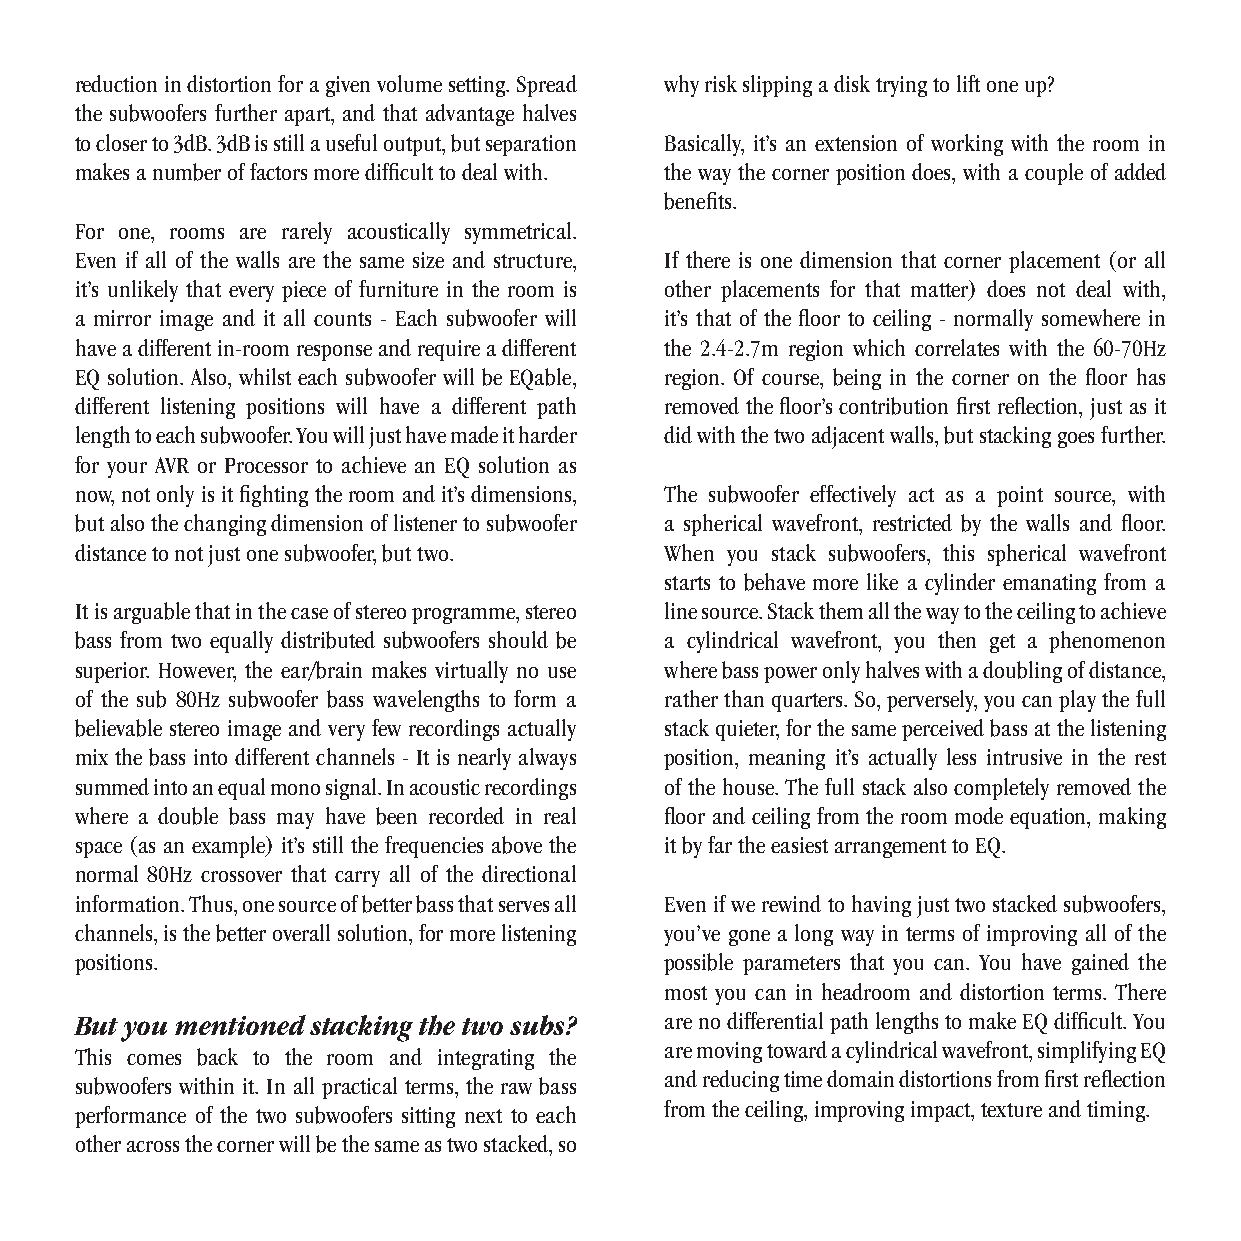
reduction in distortion for a given volume setting. Spread why risk slipping a disk trying to lift one up?
 the subwoofers further apart, and that advantage halves
 to closer to 3dB. 3dB is still a useful output, but separation Basically, it’s an extension of working with the room in
 makes a number of factors more diffi cult to deal with. the way the corner position does, with a couple of added
 benefi ts.
 For one, rooms are rarely acoustically symmetrical.
 Even if all of the walls are the same size and structure, If there is one dimension that corner placement (or all
 it’s unlikely that every piece of furniture in the room is other placements for that matter) does not deal with,
 a mirror image and it all counts - Each subwoofer will it’s that of the fl oor to ceiling - normally somewhere in
 have a different in-room response and require a different the 2.4-2.7m region which correlates with the 60-70Hz
 EQ solution. Also, whilst each subwoofer will be EQable, region. Of course, being in the corner on the fl oor has
 different listening positions will have a different path removed the fl oor’s contribution fi rst refl ection, just as it
 length to each subwoofer. You will just have made it harder did with the two adjacent walls, but stacking goes further.
 for your AVR or Processor to achieve an EQ solution as
 now, not only is it fi ghting the room and it’s dimensions, The subwoofer effectively act as a point source, with
 but also the changing dimension of listener to subwoofer a spherical wavefront, restricted by the walls and fl oor.
 distance to not just one subwoofer, but two. When you stack subwoofers, this spherical wavefront
 starts to behave more like a cylinder emanating from a
 It is arguable that in the case of stereo programme, stereo line source. Stack them all the way to the ceiling to achieve
 bass from two equally distributed subwoofers should be a cylindrical wavefront, you then get a phenomenon
 superior. However, the ear/brain makes virtually no use where bass power only halves with a doubling of distance,
 of the sub 80Hz subwoofer bass wavelengths to form a rather than quarters. So, perversely, you can play the full
 believable stereo image and very few recordings actually stack quieter, for the same perceived bass at the listening
 mix the bass into different channels - It is nearly always position, meaning it’s actually less intrusive in the rest
 summed into an equal mono signal. In acoustic recordings of the house. The full stack also completely removed the
 where a double bass may have been recorded in real fl oor and ceiling from the room mode equation, making
 space (as an example) it’s still the frequencies above the it by far the easiest arrangement to EQ.
 normal 80Hz crossover that carry all of the directional
 information. Thus, one source of better bass that serves all Even if we rewind to having just two stacked subwoofers,
 channels, is the better overall solution, for more listening you’ve gone a long way in terms of improving all of the
 positions.                             possible parameters that you can. You have gained the
 most you can in headroom and distortion terms. There
 But you mentioned stacking the two subs? are no differential path lengths to make EQ diffi cult. You
 are moving toward a cylindrical wavefront, simplifying EQ
 This comes back to the room and integrating the
 and reducing time domain distortions from fi rst refl ection
 subwoofers within it. In all practical terms, the raw bass
 from the ceiling, improving impact, texture and timing.
 performance of the two subwoofers sitting next to each
 other across the corner will be the same as two stacked, so